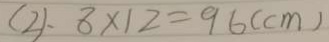
( 2 ) . 8 \times 1 2 = 9 6 ( c m )